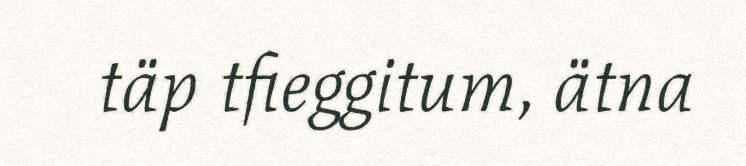
täp tfieggitum, ätna